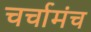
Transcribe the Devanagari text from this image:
चर्चामंच